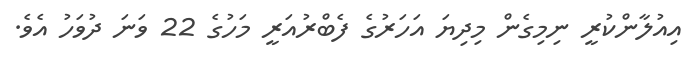
އިއުލާންކުރީ ނިމިގެން މިދިޔަ އަހަރުގެ ފެބްރުއަރީ މަހުގެ 22 ވަނަ ދުވަހު އެވެ.